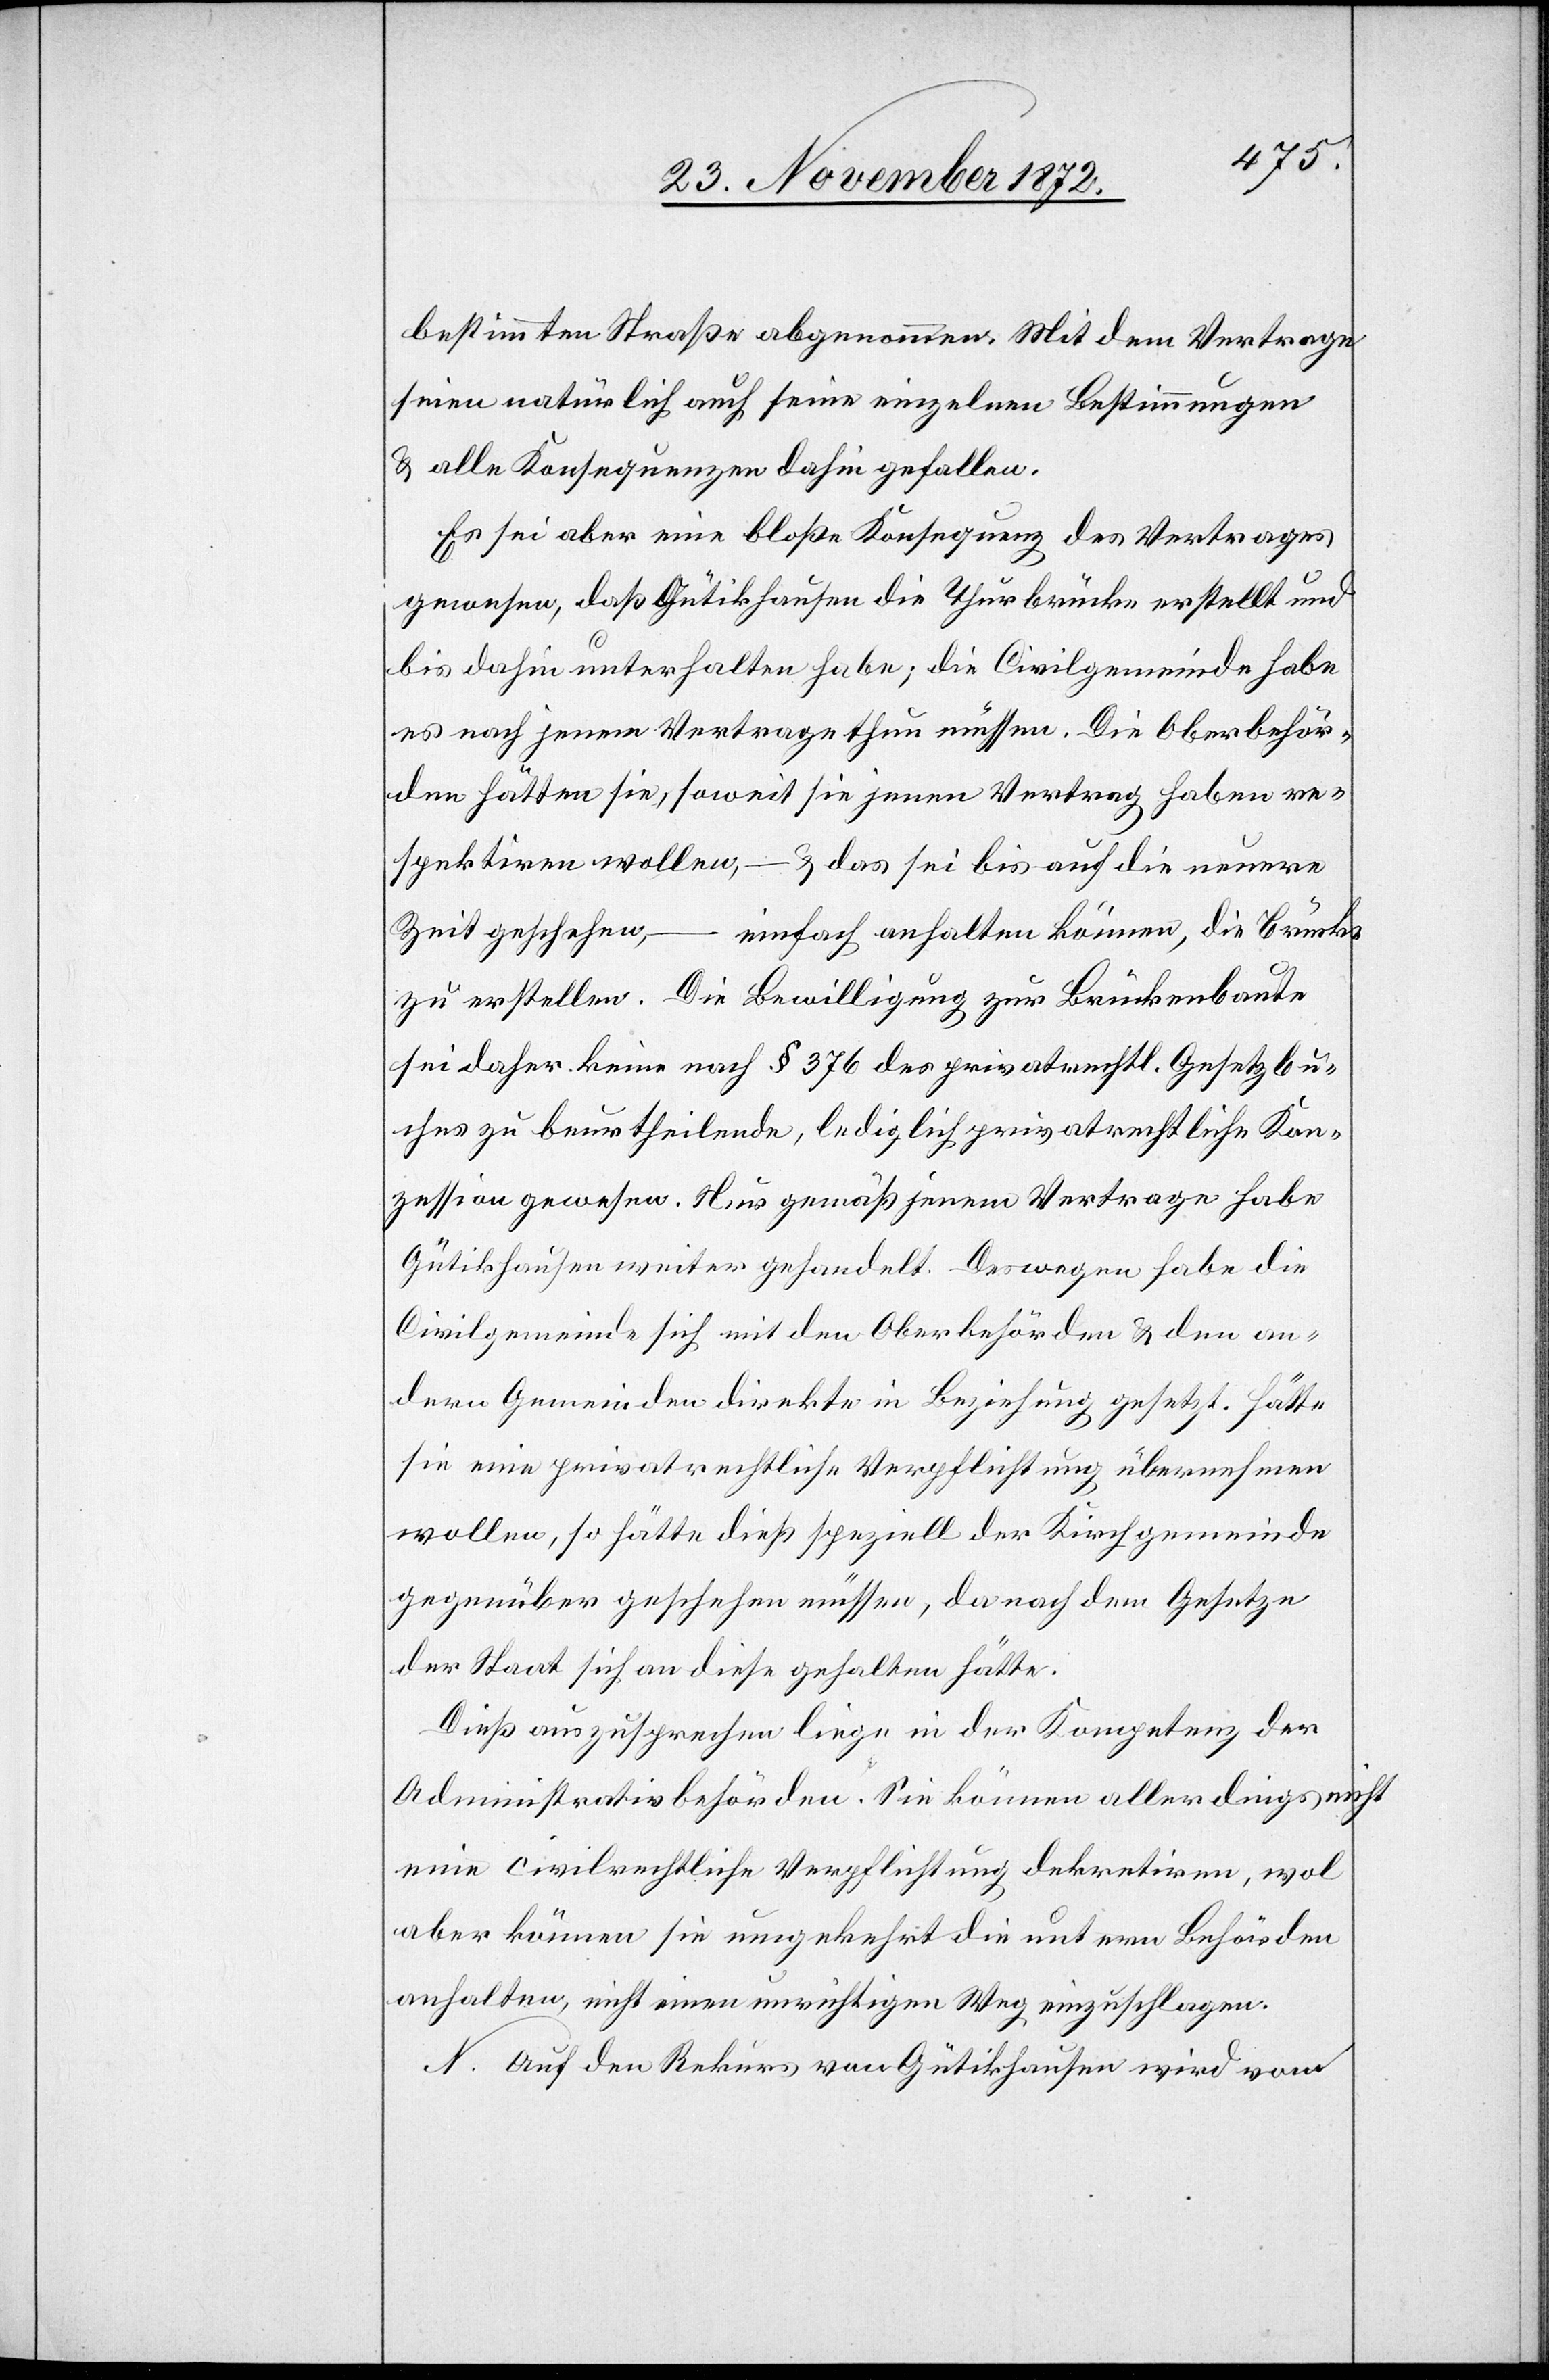
bestimmten Straße abgenommen. Mit dem Vertrage
seien natürlich auch seine einzelnen Bestimmungen
u. alle Konsequenzen dahin gefallen.
Es sei aber eine bloße Konsequenz des Vertrages
gewesen, daß Gütikhausen die Thurbrücke erstellt und
bis dahin unterhalten habe; die Civilgemeinde habe
es nach jenem Vertrage thun müssen. Die Oberbehör¬
den hätten sie, soweit sie jenen Vertrag haben re¬
spektiren wollen, – u. das sei bis auf die neuere
Zeit geschehen, –
einfach anhalten können, die Brücke
zu erstellen. Die Bewilligung zur Brückenbaute
sei daher keine nach § 376 des privatrechtl. Gesetzbu¬
ches zu beurtheilende, lediglich privatrechtliche Kon¬
zession gewesen. Nur gemäß jenem Vertrage habe
Gütikhausen weiter gehandelt. Deswegen habe die
Civilgemeinde sich mit dem Oberbehörden u. den an¬
dern Gemeinden direkte in Beziehung gesetzt. Hätte
sie eine privatrechtliche Verpflichtung übernehmen
wollen, so hätte dieß speziell der Kirchgemeinde
gegenüber geschehen müssen, da nach dem Gesetze
der Staat sich an diese gehalten hätte.
Dies auszusprechen liege in der Kompetenz der
Administrativbehörden. Sie können allerdings nicht
eine civilrechtliche Verpflichtung dekretiren, wol
aber können sie umgekehrt die untern Behörden
anhalten, nicht einen unrichtigen Weg einzuschlagen.
N. Auf den Rekurs von Gütikhausen wird vom